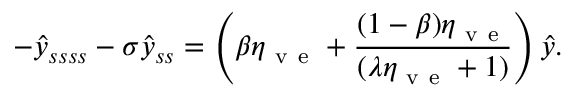
- \hat { y } _ { s s s s } - \sigma \hat { y } _ { s s } = \left( \beta \eta _ { \mathrm { ~ v ~ e ~ } } + \frac { ( 1 - \beta ) \eta _ { \mathrm { ~ v ~ e ~ } } } { ( \lambda \eta _ { \mathrm { ~ v ~ e ~ } } + 1 ) } \right) \hat { y } .